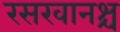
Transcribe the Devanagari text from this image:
रसखानश्च